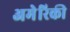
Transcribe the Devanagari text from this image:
अमेेरिकी